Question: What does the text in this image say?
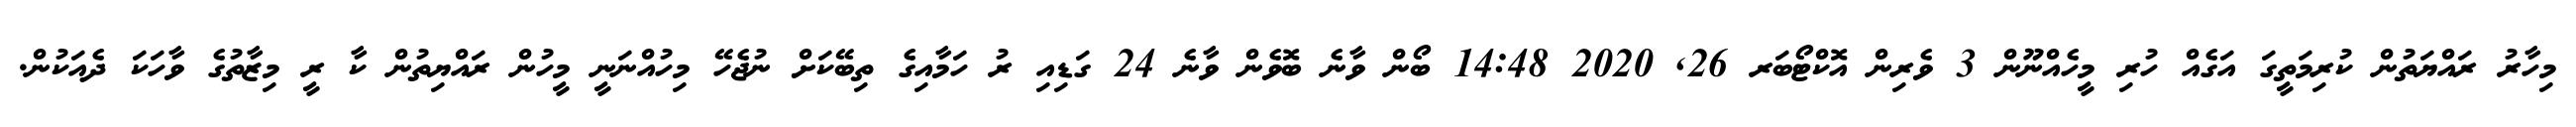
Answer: މިހާރު ރައްޔަތުން ކުރިމަތީގަ އަގެއް ހުރި މީހެއްނޫން 3 ވެރިން އޮކްޓޯބަރ 26, 2020 14:48 ބޯން ވާނެ ބޮވެން ވާނެ 24 ގަޑިއި ރު ހަމާއިގެ ތިބޭކަށް ނުޖެހޭ މިހުއްނަނީ މީހުން ރައްޔިތުން ކާ ރީ މިޒާތުގެ ވާހަކަ ދެއަކުން.